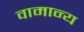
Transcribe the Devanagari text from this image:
वामान्य